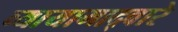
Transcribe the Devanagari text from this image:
व्यायामाद्वारे